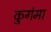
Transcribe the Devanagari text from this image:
कुगंमा